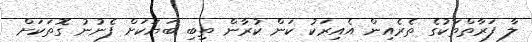
ލާ ފަރާތްތަކުގެ ތެރެއިން އެއިރަކު ކަން ކުރާން ތިބި ބަޔަކަށް ފެނުނު ގޮތަކަށް